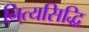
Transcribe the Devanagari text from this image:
नित्यसिद्धि